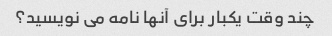
چند وقت یکبار برای آنها نامه می نویسید؟